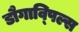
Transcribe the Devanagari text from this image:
डौगाव्पिल्स